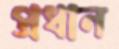
প্রধান